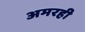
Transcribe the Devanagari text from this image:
अमरही